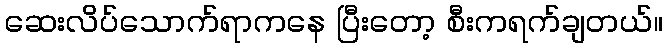
ဆေးလိပ်သောက်ရာကနေ ပြီးတော့ စီးကရက်ချတယ်။